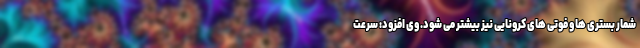
شمار بستری ها و فوتی های کرونایی نیز بیشتر می شود. وی افزود: سرعت